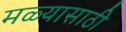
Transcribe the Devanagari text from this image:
मळ्यासाठी